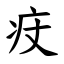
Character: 㽴